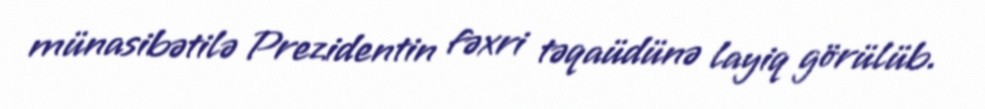
münasibətilə Prezidentin fəxri təqaüdünə layiq görülüb.